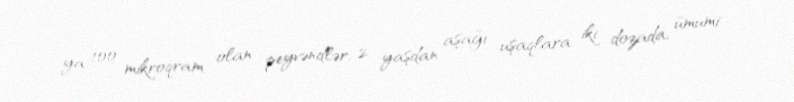
ya 100 mikroqram olan peyvəndlər; 2 yaşdan aşağı uşaqlara iki dozada, ümumi